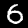
Digit: 6